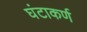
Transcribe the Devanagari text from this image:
घंटाकर्ण